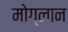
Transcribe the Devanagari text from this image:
मोग्लान